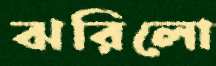
ঝরিলো